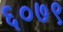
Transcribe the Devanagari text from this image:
६०७९